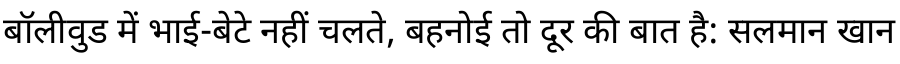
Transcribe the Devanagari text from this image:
बॉलीवुड में भाई-बेटे नहीं चलते, बहनोई तो दूर की बात है: सलमान खान